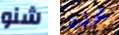
شنو محدد